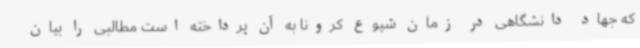
که جهاد دانشگاهی در زمان شیوع کرونا به آن پرداخته است مطالبی را بیان